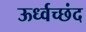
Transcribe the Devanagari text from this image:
ऊर्ध्वच्छंद